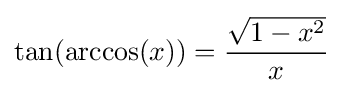
\tan(\arccos(x))={\frac {\sqrt {1-x^{2}}}{x}}